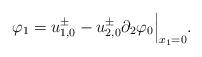
LaTeX: \begin{align*}\varphi_1=u^{\pm}_{1,0}-u^{\pm}_{2,0}\partial_2\varphi_0\Big|_{x_1=0}.\end{align*}